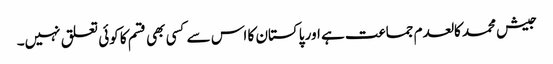
جیش محمد کالعدم جماعت ہے اور پاکستان کا اس سے کسی بھی قسم کا کوئی تعلق نہیں۔